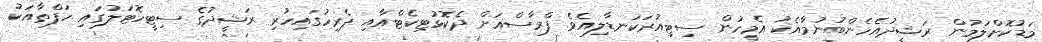
މަޑުކޮށްލަމުން ރަޝީދުއެހެންބުނުމާައެކު އެމީހުން ސިޓިއުރަކަނޑާލިއެވެ. ފްރާސްއަށް ދެކޮޅުޓިކެޓްއާއި ޕެރިހުގައިހުރި ރަޝީދުގެ ސިޓީހޮޓަލުގައި ހަފްތާއަކު